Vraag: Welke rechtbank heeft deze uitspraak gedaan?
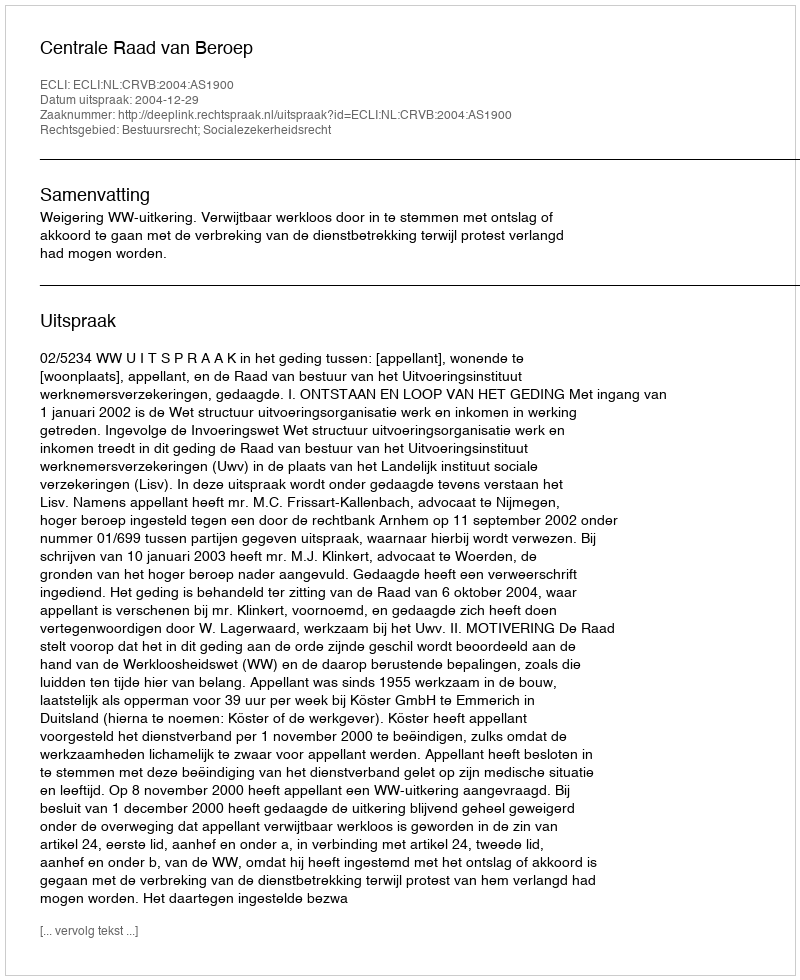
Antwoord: Centrale Raad van Beroep